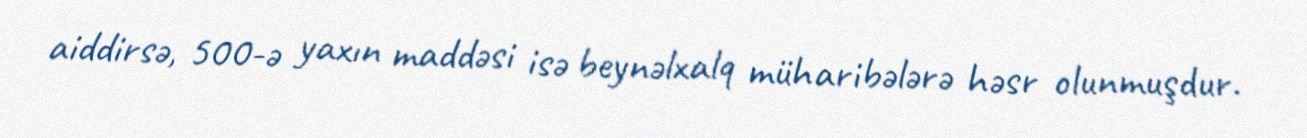
aiddirsə, 500-ə yaxın maddəsi isə beynəlxalq müharibələrə həsr olunmuşdur.